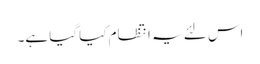
اس لئے یہ انتظام کیا گیا ہے۔